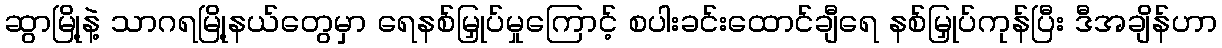
ဆွာမြို့နဲ့ သာဂရမြို့နယ်တွေမှာ ရေနစ်မြှုပ်မှုကြောင့် စပါးခင်းထောင်ချီရေ နစ်မြှုပ်ကုန်ပြီး ဒီအချိန်ဟာ